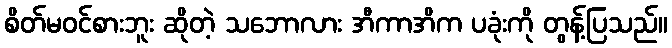
စိတ်မဝင်စားဘူး ဆိုတဲ့ သဘောလား အီကာအိက ပခုံးကို တွန့်ပြသည်။